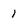
Character: 1